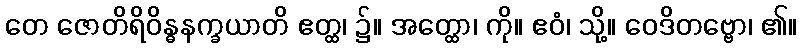
တေ ဇောတိရိဝိန္ဓနက္ခယာတိ ဧတ္ထ၊ ၌။ အတ္ထော၊ ကို။ ဧဝံ၊ သို့။ ဝေဒိတဗ္ဗော၊ ၏။